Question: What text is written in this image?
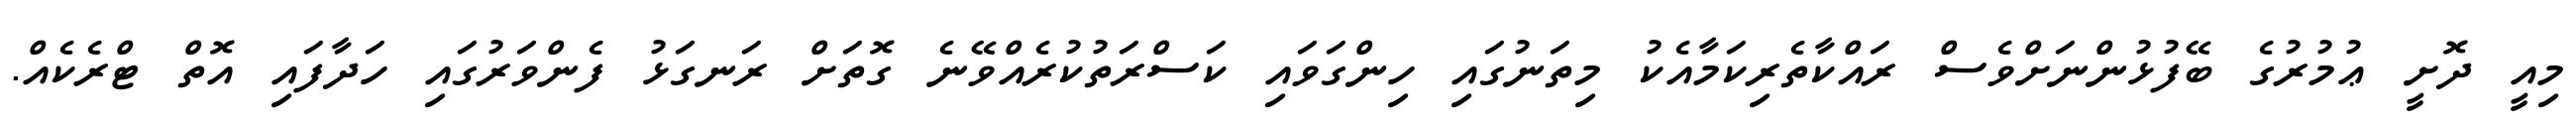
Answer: މިއީ ދޮށީ ޢުމުރުގެ ބޭފުޅުންނަށްވެސް ރައްކާތެރިކަމާއެކު މިތަނުގައި ހިންގަވައި ކަސްރަތުކުރެއްވޭނެ ގޮތަށް ރަނގަޅު ފެންވަރުގައި ހަދާފައި އޮތް ޓްރެކެއް.